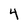
Character: 4